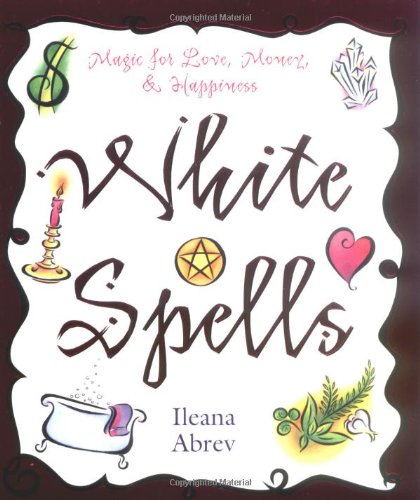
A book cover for White Spells: Magic for Love, Money & Happiness (White Spells Series); Ileana Abrev; Reference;